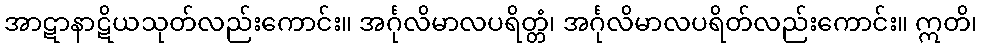
အာဋာနာဋိယသုတ်လည်းကောင်း။ အင်္ဂုလိမာလပရိတ္တံ၊ အင်္ဂုလိမာလပရိတ်လည်းကောင်း။ ဣတိ၊